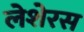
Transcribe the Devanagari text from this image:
लेशेरस